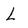
Character: L